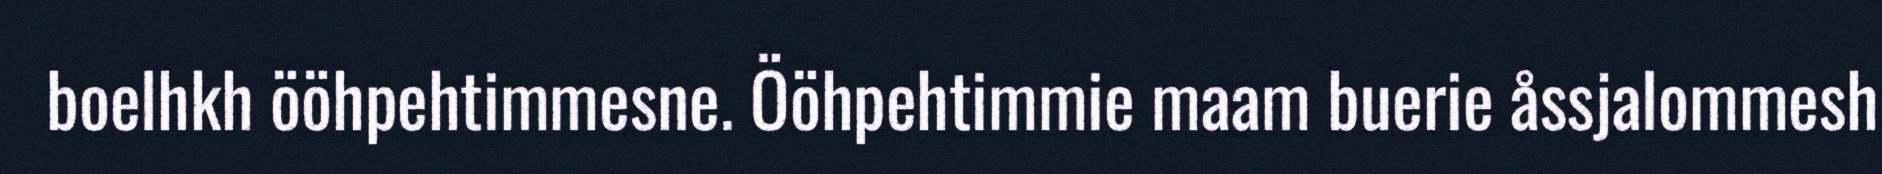
boelhkh ööhpehtimmesne. Ööhpehtimmie maam buerie åssjalommesh